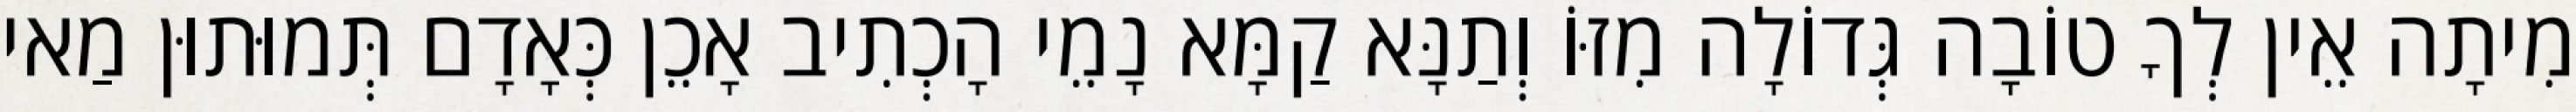
מִיתָה אֵין לְךָ טוֹבָה גְּדוֹלָה מִזּוֹ וְתַנָּא קַמָּא נָמֵי הָכְתִיב אָכֵן כְּאָדָם תְּמוּתוּן מַאי